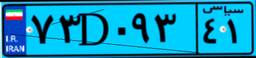
۶۳D۹۸۸۹۱